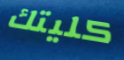
كليتك